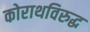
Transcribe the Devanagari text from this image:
कोराथविरुद्ध